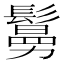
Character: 𩮺